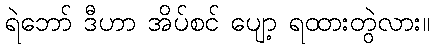
ရဲဘော် ဒီဟာ အိပ်စင် ပျော့ ရထားတွဲလား။